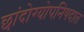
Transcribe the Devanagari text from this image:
छांदोग्योपनिषदात